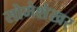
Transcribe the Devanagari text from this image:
सोमेशेखर